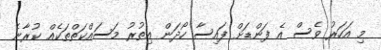
މި އަހަރު ވެސް އެ ފަންޑަށް ފައިސާ ހޯދަން އިތުރު މަސައްކަތްތަކެއް ކުރާނެ